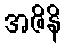
အဇိနိ